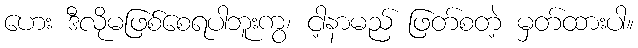
ဟေး ဒီလိုမဖြစ်စေရပါဘူးကွ၊ ငါ့နာမည် ဖြတ်စတဲ့ မှတ်ထားပါ။